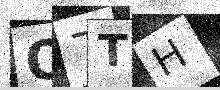
Text: Q7TH